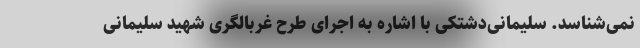
نمی‌شناسد. سلیمانی‌دشتکی با اشاره به اجرای طرح غربالگری شهید سلیمانی